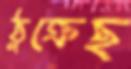
ঠুক্‌রেছ